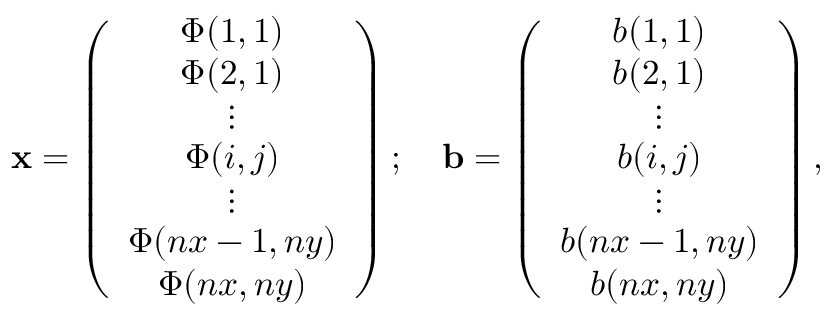
\mathbf { x } = \left( \begin{array} { c } { \Phi ( 1 , 1 ) } \\ { \Phi ( 2 , 1 ) } \\ { \vdots } \\ { \Phi ( i , j ) } \\ { \vdots } \\ { \Phi ( n x - 1 , n y ) } \\ { \Phi ( n x , n y ) } \end{array} \right) ; \quad \mathbf { b } = \left( \begin{array} { c } { b ( 1 , 1 ) } \\ { b ( 2 , 1 ) } \\ { \vdots } \\ { b ( i , j ) } \\ { \vdots } \\ { b ( n x - 1 , n y ) } \\ { b ( n x , n y ) } \end{array} \right) ,